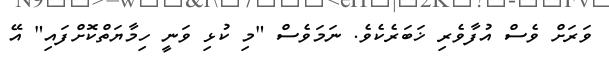
ވަރަށް ވެސް އުފާވެރި ޚަބަރެކެވެ. ނަމަވެސް "މި ކުޅި ވަނީ ހިމާޔަތްކޮށްފައި" އޭ